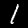
Label: 1